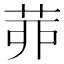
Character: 𦯄